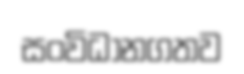
සංවිධානගතව